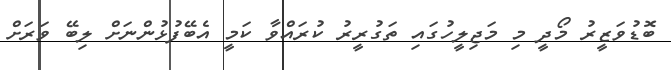
ބޮޑުވަޒީރު މޯދީ މި މަޖިލީހުގައި ތަގުރީރު ކުރައްވާ ކަމީ އެބޭފުޅުންނަަށް ލިބޭ ވަރަށް